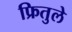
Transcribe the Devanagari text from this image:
फ्रितुले